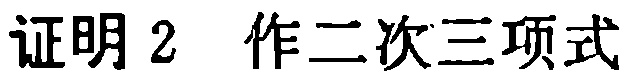
证明2 作二次三项式